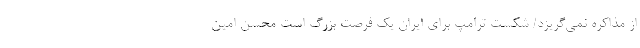
از مذاکره نمی‌گریزد/ شکست ترامپ برای ایران یک فرصت بزرگ است محسن امین